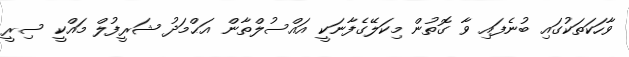
ވާހަކަތަކުގައި ބުނެފައި ވާ ގޮތުން މިކަލޭގެފާނަކީ އައްސުލްތާން އަޙްމަދު ޝަރީފުލް މައްކީ ސިރީ